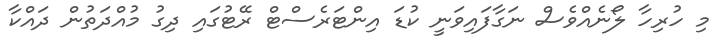
މި ހުރިހާ ލޯނެއްވެސް ނަގާފައިވަނީ ކުޑަ އިންޓަރެސްޓް ރޭޓުގައި ދިގު މުއްދަތުން ދައްކާ